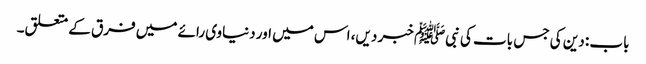
باب : دین کی جس بات کی نبیﷺ خبر دیں، اس میں اور دنیاوی رائے میں فرق کے متعلق۔